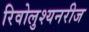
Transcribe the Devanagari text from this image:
रिवोलुश्यनरीज